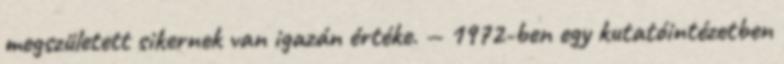
megszületett sikernek van igazán értéke. — 1972-ben egy kutatóintézetben